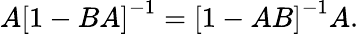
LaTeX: A\left[1-BA\right]^{-1}=\left[1-AB\right]^{-1}A.